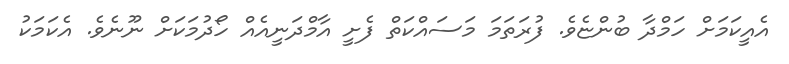
އެއީކަމަށް ހަމްދާ ބުންޏެވެ. ފުރަތަމަ މަސައްކަތް ފެށީ އާމްދަނީއެއް ހޯދުމަކަށް ނޫނެވެ. އެކަމަކު